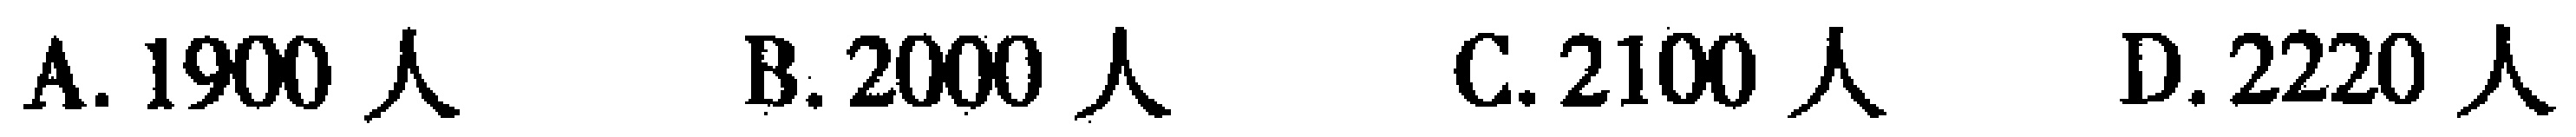
A. 1900 人  B. 2000 人  C. 2100 人  D. 2220 人